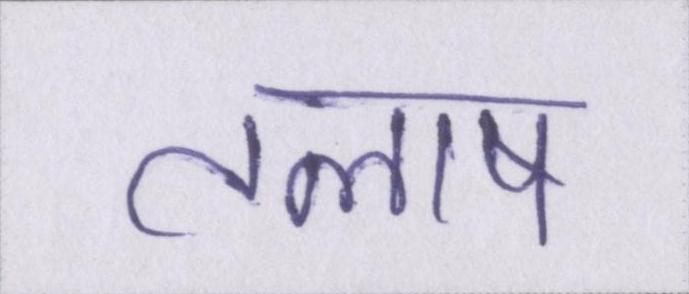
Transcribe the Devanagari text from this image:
तलाष